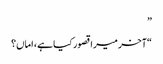
”
“آخر میرا قصور کیا ہے، اماں؟